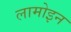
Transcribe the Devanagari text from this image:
लामोइन